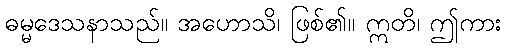
ဓမ္မဒေသနာသည်။ အဟောသိ၊ ဖြစ်၏။ ဣတိ၊ ဤကား